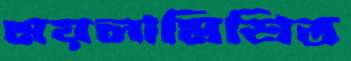
ময়লামিশ্রিত